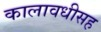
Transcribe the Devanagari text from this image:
कालावधीसह